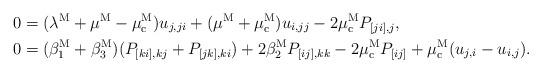
LaTeX: \begin{align*}0&=(\lambda^{\rm M}+\mu^{\rm M}-\mu_{\rm c}^{\rm M})u_{j,ji}+(\mu^{\rm M}+\mu_{\rm c}^{\rm M})u_{i,jj}-2\mu_{\rm c}^{\rm M} P_{[ji],j},\\0&=(\beta_1^{\rm M}+\beta_3^{\rm M})(P_{[ki],kj}+P_{[jk],ki})+2\beta_2^{\rm M} P_{[ij],kk}-2\mu_{\rm c}^{\rm M} P_{[ij]}+\mu_{\rm c}^{\rm M} (u_{j,i}-u_{i,j}).\end{align*}